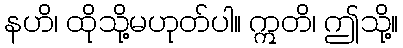
နဟိ၊ ထိုသို့မဟုတ်ပါ။ ဣတိ၊ ဤသို့။